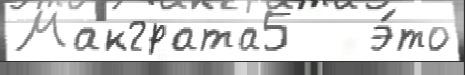
Макграта5   э́то